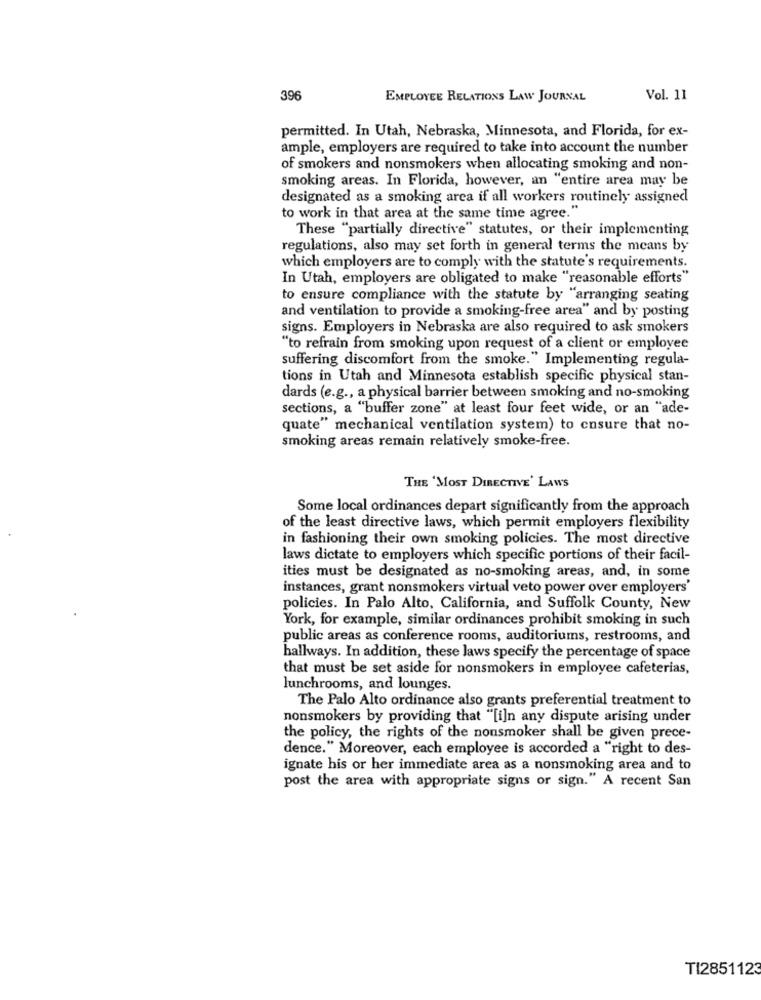
396
EMPLOYEE RELATIONS LAW JOURNAL
Vol. 11
permitted. In Utah, Nebraska, Minnesota, and Florida, for ex-
ample, employers are required to take into account the number
of smokers and nonsmokers when allocating smoking and non-
smoking areas. In Florida, however, an "entire area may be
designated as a smoking area if all workers routinely assigned
to work in that area at the same time agree.
These "partially directive" statutes, or their implementing
regulations, also may set forth in general terms the means by
which employers are to comply with the statute's requirements.
In Utah, employers are obligated to make "reasonable efforts"
to ensure compliance with the statute by "arranging seating
and ventilation to provide a smoking-free area" and by posting
signs. Employers in Nebraska are also required to ask smokers
"to refrain from smoking upon request of a client or employee
suffering discomfort from the smoke." Implementing regula-
tions in Utah and Minnesota establish specific physical stan-
dards (e.g ., a physical barrier between smoking and no-smoking
sections, a "buffer zone" at least four feet wide, or an "ade-
quate" mechanical ventilation system) to ensure that no-
smoking areas remain relatively smoke-free.
THE 'MOST DIRECTIVE' LAWS
Some local ordinances depart significantly from the approach
of the least directive laws, which permit employers flexibility
in fashioning their own smoking policies. The most directive
laws dictate to employers which specific portions of their facil-
ities must be designated as no-smoking areas, and, in some
instances, grant nonsmokers virtual veto power over employers'
policies. In Palo Alto, California, and Suffolk County, New
York, for example, similar ordinances prohibit smoking in such
public areas as conference rooms, auditoriums, restrooms, and
hallways. In addition, these laws specify the percentage of space
that must be set aside for nonsmokers in employee cafeterias,
lunchrooms, and lounges.
The Palo Alto ordinance also grants preferential treatment to
nonsmokers by providing that "[i]n any dispute arising under
the policy, the rights of the nonsmoker shall be given prece-
dence." Moreover, each employee is accorded a "right to des-
ignate his or her immediate area as a nonsmoking area and to
post the area with appropriate signs or sign." A recent San
TI2851123